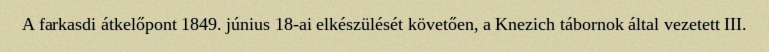
A farkasdi átkelőpont 1849. június 18-ai elkészülését követően, a Knezich tábornok által vezetett III.